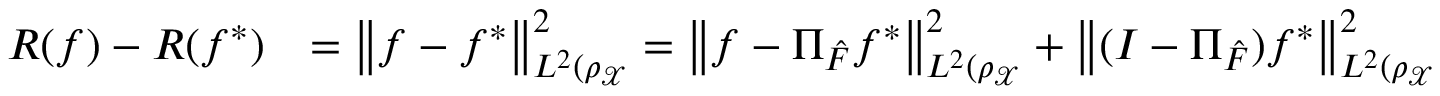
\begin{array} { r l } { { \cal R } ( f ) - { \cal R } ( f ^ { * } ) } & { = \left\| f - f ^ { * } \right\| _ { L ^ { 2 } ( \rho _ { \mathcal { X } } } ^ { 2 } = \left\| f - \Pi _ { \hat { \cal F } } f ^ { * } \right\| _ { L ^ { 2 } ( \rho _ { \mathcal { X } } } ^ { 2 } + \left\| ( I - \Pi _ { \hat { \cal F } } ) f ^ { * } \right\| _ { L ^ { 2 } ( \rho _ { \mathcal { X } } } ^ { 2 } } \end{array}